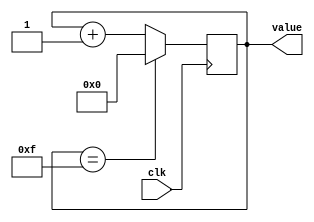
module counter(clk, value);

	input wire clk;
	output reg [4:0] value;
	
	parameter
	ZERO = 4'b0000, // Comeo do relogio
	MAX = 4'b1111;  // Fim do relogio
	
	initial begin
		value <= ZERO;
	end
	
	always @ (negedge clk) begin // LOOP
		if(value == MAX) begin
			value <= 4'b0000;
		end else begin
			value <= value + 4'b0001;
        end
	end

endmodule